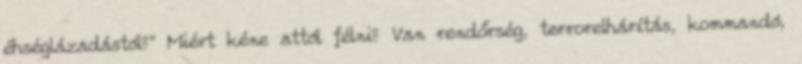
éhséglázadástól?" Miért kéne attól félni? Van rendőrség, terrorelhárítás, kommandó,